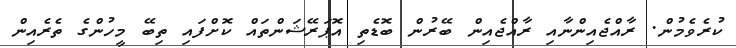
ކުރެވެމުން. ރާއްޖެއިންނާއި ރާއްޖެއިން ބޭރުން ބޮޑެތި އޮޕަރޭޝަންތައް ކޮށްފައި ތިބޭ މީހުންގެ ތެރެއިން